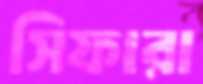
সিফারা